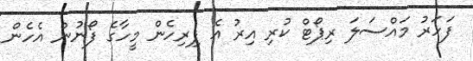
ފަހަރު މައްސަލަ ރިޕޯޓް ކުރި އިރު އެ ފިރިހެން މީހާގެ ފޯނުން އެހެން